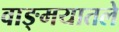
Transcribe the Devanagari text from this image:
वाङ्मयातले